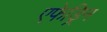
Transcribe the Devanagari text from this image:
एफेड्रिन